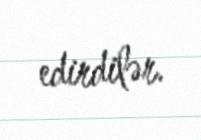
edirdilər.